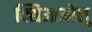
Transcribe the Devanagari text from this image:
क्सिआओलू